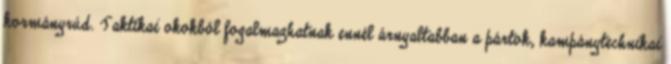
kormányrúd. Taktikai okokból fogalmazhatnak ennél árnyaltabban a pártok, kampánytechnikai